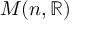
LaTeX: M ( n , \mathbb { R } )